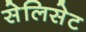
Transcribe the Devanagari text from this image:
सेलिसेट